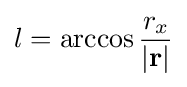
l=\arccos {r_{x} \over {\mathbf {\left|r\right|} }}